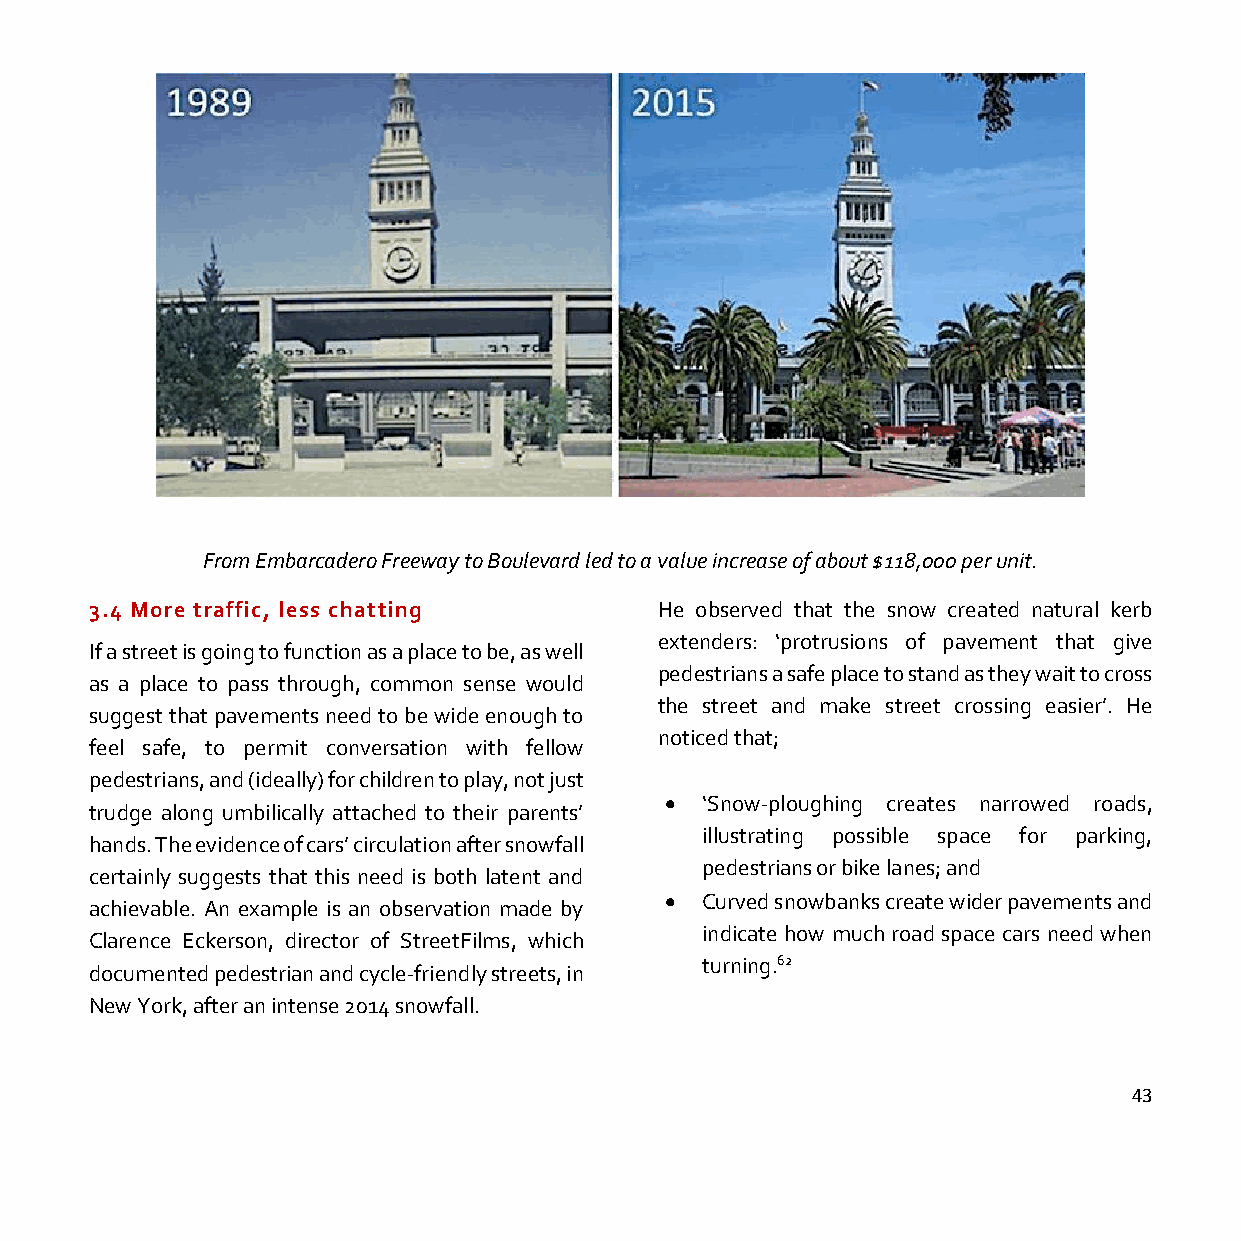
From Embarcadero Freeway to Boulevard led to a value increase of about $118,000 per unit.
 3.4 More traffic, less chatting       He observed that the snow created natural kerb
 extenders: ‘protrusions of pavement that give
 If a street is going to function as a place to be, as well
 pedestrians a safe place to stand as they wait to cross
 as a place to pass through, common sense would
 the street and make street crossing easier’. He
 suggest that pavements need to be wide enough to
 noticed that;
 feel safe, to permit conversation with fellow
 pedestrians, and (ideally) for children to play, not just
 • ‘Snow-ploughing creates narrowed roads,
 trudge along umbilically attached to their parents’
 illustrating possible space for parking,
 hands. The evidence of cars’ circulation after snowfall
 pedestrians or bike lanes; and
 certainly suggests that this need is both latent and
 • Curved snowbanks create wider pavements and
 achievable. An example is an observation made by
 indicate how much road space cars need when
 Clarence Eckerson, director of StreetFilms, which
 turning.62
 documented pedestrian and cycle-friendly streets, in
 New York, after an intense 2014 snowfall.
 43